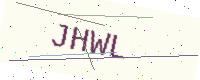
Text: JHWL